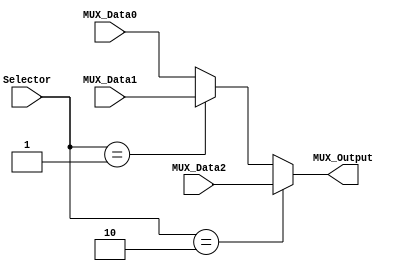
/******************************************************************
 * Description
 *  This is a  an 3to1 multiplexer that can be parameterized in its bit-width.
 *  1.0
 * Author:
 *  Alejandro Rios Jasso
 *  Javier Ochoa Pardo
 * email:
 *  is708932@iteso.mx
 *  is702811@iteso.mx
 * Date:
 *  05/04/2019
 ******************************************************************/

module Multiplexer3to1 #(parameter NBits = 32)
                        (input [1:0] Selector,
                         input [NBits-1:0] MUX_Data0,
                         input [NBits-1:0] MUX_Data1,
                         input [NBits-1:0] MUX_Data2,
                         output reg [NBits-1:0] MUX_Output);
    
    always@(Selector,MUX_Data2,MUX_Data1,MUX_Data0) begin
        if (Selector == 2'b10)
            MUX_Output = MUX_Data2;
        else if (Selector == 2'b01)
            MUX_Output = MUX_Data1;
        else
            MUX_Output = MUX_Data0;
    end
    
endmodule